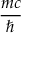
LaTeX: \frac { m c } { \hbar }